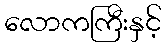
လောကကြီးနှင့်